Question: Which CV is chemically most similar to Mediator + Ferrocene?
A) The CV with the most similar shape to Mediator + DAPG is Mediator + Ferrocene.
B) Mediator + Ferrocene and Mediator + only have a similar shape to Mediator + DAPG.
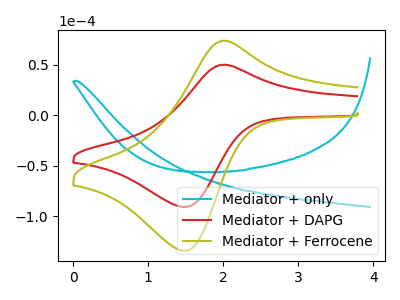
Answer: <think>The cyan curve "Mediator + only" has no peaks. The red curve "Mediator + DAPG" has an anodic peak at (2.05V, 49.85uA) and a cathodic peak at (1.50V, -90.95uA). The olive curve "Mediator + Ferrocene" has an anodic peak at (2.05V, 73.60uA) and a cathodic peak at (1.50V, -134.25uA).
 "Mediator + only" and "Mediator + DAPG" have a different number of peaks. "Mediator + only" and "Mediator + Ferrocene" have a different number of peaks. All the peaks in "Mediator + DAPG" have a peak in "Mediator + Ferrocene" at the same potential. Every peak in "Mediator + DAPG" is lower than every peak in "Mediator + Ferrocene".</think>
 <answer>A) The CV with the most similar shape to "Mediator + DAPG" is "Mediator + Ferrocene".</answer>
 <eval>A</eval>